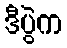
ဒီပွဲက